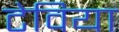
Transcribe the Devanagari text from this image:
टेविया